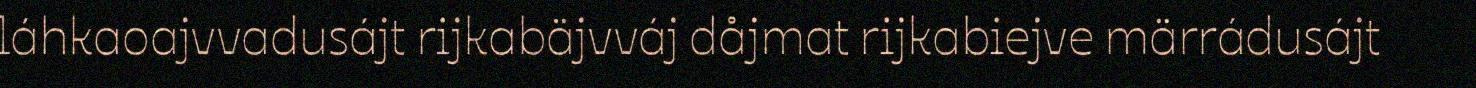
láhkaoajvvadusájt rijkabäjvváj dåjmat rijkabiejve märrádusájt